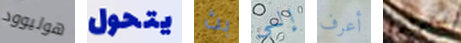
هوليوود يتحول بث إلى أعرف سيقولون